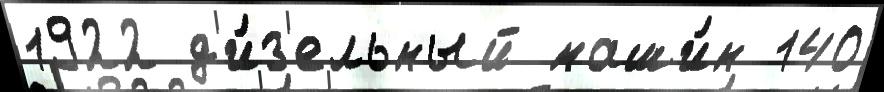
1922 д'и́з'ельный маши́н 140